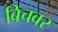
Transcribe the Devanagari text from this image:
बिचवर